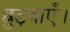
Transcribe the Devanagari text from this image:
छुड़वाएँ।